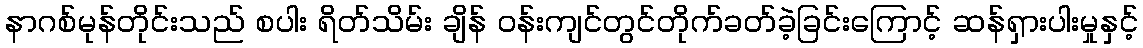
နာဂစ်မုန်တိုင်းသည် စပါး ရိတ်သိမ်း ချိန် ဝန်းကျင်တွင်တိုက်ခတ်ခဲ့ခြင်းကြောင့် ဆန်ရှားပါးမှုနှင့်